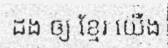
ដង ឲ្យ ខ្មែរ យើង